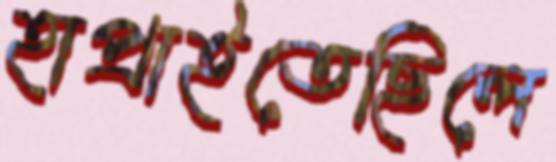
হাপ্‌রাইতেছিলে